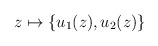
\begin{align*}z \mapsto \{u_1(z), u_2(z)\} \end{align*}